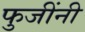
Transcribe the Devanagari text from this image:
फुजींनी